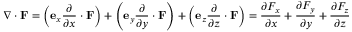
\nabla \cdot \mathbf { F } = \left( \mathbf { e } _ { x } { \frac { \partial } { \partial x } } \cdot \mathbf { F } \right) + \left( \mathbf { e } _ { y } { \frac { \partial } { \partial y } } \cdot \mathbf { F } \right) + \left( \mathbf { e } _ { z } { \frac { \partial } { \partial z } } \cdot \mathbf { F } \right) = { \frac { \partial F _ { x } } { \partial x } } + { \frac { \partial F _ { y } } { \partial y } } + { \frac { \partial F _ { z } } { \partial z } }